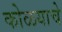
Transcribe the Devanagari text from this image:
कोळयाचे